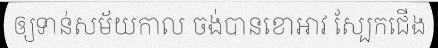
ឲ្យទាន់សម័យកាល ចង់បានខោអាវ ស្បែកជើង